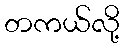
တကယ်လို့